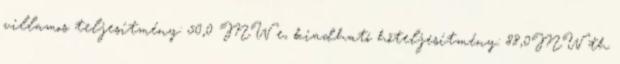
villamos teljesítmény: 50,0 MW e, kiadható hőteljesítmény: 88,0MW th